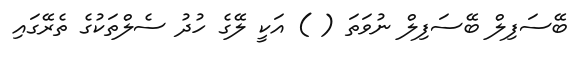
ބޭސަފިލް ބޭސަފިލް ނުވަތަ ( ) އަކީ ލޭގެ ހުދު ސެލްތަކުގެ ތެރޭގައި